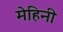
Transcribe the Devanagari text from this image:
मेहिनी